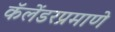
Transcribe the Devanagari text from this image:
कॅलेंडरप्रमाणे